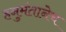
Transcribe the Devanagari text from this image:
हनुमंतानेच